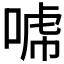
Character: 𰈈